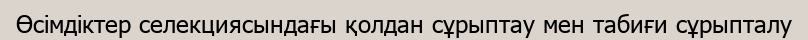
Өсімдіктер селекциясындағы қолдан сұрыптау мен табиғи сұрыпталу